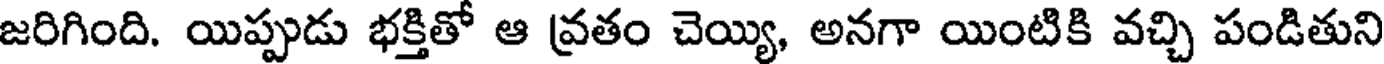
జరిగింది. యిప్పుడు భక్తితో ఆ వ్రతం చెయ్యి, అనగా యింటికి వచ్చి పండితుని